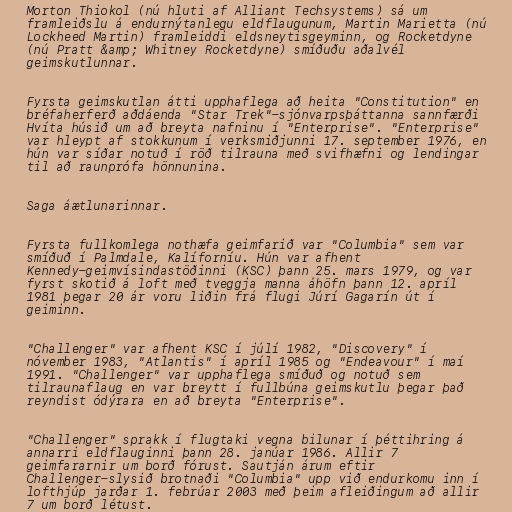
Morton Thiokol (nú hluti af Alliant Techsystems) sá um
framleiðslu á endurnýtanlegu eldflaugunum, Martin Marietta (nú
Lockheed Martin) framleiddi eldsneytisgeyminn, og Rocketdyne
(nú Pratt &amp; Whitney Rocketdyne) smíðuðu aðalvél
geimskutlunnar.

Fyrsta geimskutlan átti upphaflega að heita "Constitution" en
bréfaherferð aðdáenda "Star Trek"-sjónvarpsþáttanna sannfærði
Hvíta húsið um að breyta nafninu í "Enterprise". "Enterprise"
var hleypt af stokkunum í verksmiðjunni 17. september 1976, en
hún var síðar notuð í röð tilrauna með svifhæfni og lendingar
til að raunprófa hönnunina.

Saga áætlunarinnar.

Fyrsta fullkomlega nothæfa geimfarið var "Columbia" sem var
smíðuð í Palmdale, Kalíforníu. Hún var afhent
Kennedy-geimvísindastöðinni (KSC) þann 25. mars 1979, og var
fyrst skotið á loft með tveggja manna áhöfn þann 12. apríl
1981 þegar 20 ár voru liðin frá flugi Júrí Gagarín út í
geiminn.

"Challenger" var afhent KSC í júlí 1982, "Discovery" í
nóvember 1983, "Atlantis" í apríl 1985 og "Endeavour" í maí
1991. "Challenger" var upphaflega smíðuð og notuð sem
tilraunaflaug en var breytt í fullbúna geimskutlu þegar það
reyndist ódýrara en að breyta "Enterprise".

"Challenger" sprakk í flugtaki vegna bilunar í þéttihring á
annarri eldflauginni þann 28. janúar 1986. Allir 7
geimfararnir um borð fórust. Sautján árum eftir
Challenger-slysið brotnaði "Columbia" upp við endurkomu inn í
lofthjúp jarðar 1. febrúar 2003 með þeim afleiðingum að allir
7 um borð létust.